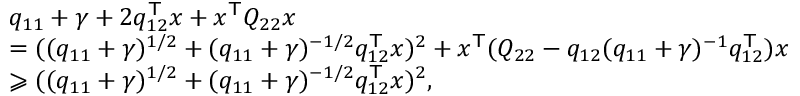
\begin{array} { r l } & { q _ { 1 1 } + \gamma + 2 q _ { 1 2 } ^ { \mathsf { T } } x + x ^ { \mathsf { T } } Q _ { 2 2 } x } \\ & { = ( ( q _ { 1 1 } + \gamma ) ^ { 1 / 2 } + ( q _ { 1 1 } + \gamma ) ^ { - 1 / 2 } q _ { 1 2 } ^ { \mathsf { T } } x ) ^ { 2 } + x ^ { \mathsf { T } } ( Q _ { 2 2 } - q _ { 1 2 } ( q _ { 1 1 } + \gamma ) ^ { - 1 } q _ { 1 2 } ^ { \mathsf { T } } ) x } \\ & { \geqslant ( ( q _ { 1 1 } + \gamma ) ^ { 1 / 2 } + ( q _ { 1 1 } + \gamma ) ^ { - 1 / 2 } q _ { 1 2 } ^ { \mathsf { T } } x ) ^ { 2 } , } \end{array}